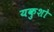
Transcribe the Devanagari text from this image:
यकुशो